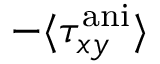
- \langle \tau _ { x y } ^ { \mathrm { a n i } } \rangle